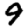
Digit: 9